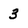
Character: 3